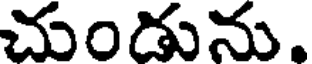
చుండును.